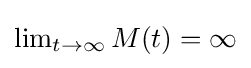
{\textstyle \lim _{t\to \infty }M(t)=\infty }